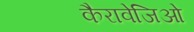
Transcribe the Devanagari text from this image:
कैरावेजिओ